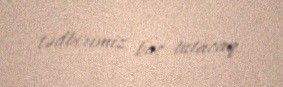
tədbirimiz baş tutacaq.